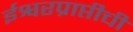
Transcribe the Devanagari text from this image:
ईश्वरप्राप्तीची